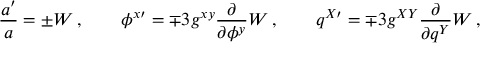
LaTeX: \frac { a ^ { \prime } } { a } = \pm W \, , \qquad \phi ^ { x \prime } = \mp 3 g ^ { x y } \frac { \partial } { \partial \phi ^ { y } } W \, , \qquad q ^ { X \prime } = \mp 3 g ^ { X Y } \frac { \partial } { \partial q ^ { Y } } W \, ,